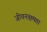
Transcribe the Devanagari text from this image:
जीवनक्षमता